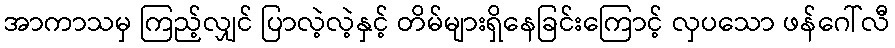
အာကာသမှ ကြည့်လျှင် ပြာလဲ့လဲ့နှင့် တိမ်များရှိနေခြင်းကြောင့် လှပသော ဖန်ဂေါ်လီ